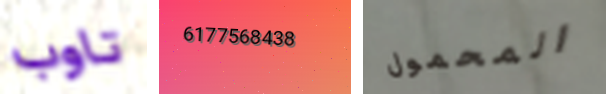
تاوب 6177568438 المحمول